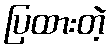
ပြထားတဲ့